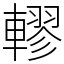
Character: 轇